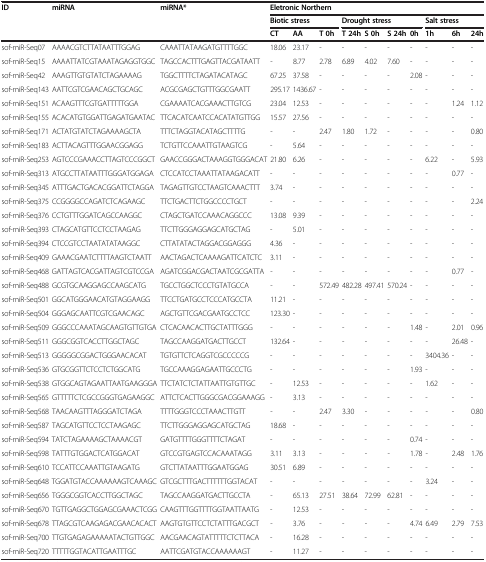
<table><thead><tr><td rowspan="3"><b>ID</b></td><td rowspan="3"><b>miRNA</b></td><td rowspan="3"><b>miRNA*</b></td><td colspan="10"><b>Eletronic Northern</b></td></tr><tr><td colspan="3"><b>Biotic stress</b></td><td colspan="4"><b>Drought stress</b></td><td colspan="3"><b>Salt stress</b></td></tr><tr><td><b>CT</b></td><td><b>AA</b></td><td><b>T 0h</b></td><td><b>T 24h</b></td><td><b>S 0h</b></td><td><b>S 24h</b></td><td><b>0h</b></td><td><b>1h</b></td><td><b>6h</b></td><td><b>24h</b></td></tr></thead><tbody><tr><td>sof-miR-Seq07</td><td>AAAACGTCTTATAATTTGGAG</td><td>CAAATTATAAGATGTTTTGGC</td><td>18.06</td><td>23.17</td><td>-</td><td>-</td><td>-</td><td>-</td><td>-</td><td>-</td><td>-</td><td>-</td></tr><tr><td>sof-miR-Seq15</td><td>AAAATTATCGTAAATAGAGGTGGC</td><td>TAGCCACTTTGAGTTACGATAATT</td><td>-</td><td>8.77</td><td>2.78</td><td>6.89</td><td>4.02</td><td>7.60</td><td>-</td><td>-</td><td>-</td><td>-</td></tr><tr><td>sof-miR-Seq42</td><td>AAAGTTGTGTATCTAGAAAAG</td><td>TGGCTTTTCTAGATACATAGC</td><td>67.25</td><td>37.58</td><td>-</td><td>-</td><td>-</td><td>-</td><td>2.08</td><td>-</td><td>-</td><td>-</td></tr><tr><td>sof-miR-Seq143</td><td>AATTCGTCGAACAGCTGCAGC</td><td>ACGCGAGCTGTTTGGCGAATT</td><td>295.17</td><td>1436.67</td><td>-</td><td>-</td><td>-</td><td>-</td><td>-</td><td>-</td><td>-</td><td>-</td></tr><tr><td>sof-miR-Seq151</td><td>ACAAGTTTCGTGATTTTTGGA</td><td>CGAAAATCACGAAACTTGTCG</td><td>23.04</td><td>12.53</td><td>-</td><td>-</td><td>-</td><td>-</td><td>-</td><td>-</td><td>1.24</td><td>1.12</td></tr><tr><td>sof-miR-Seq155</td><td>ACACATGTGGATTGAGATGAATAC</td><td>TTCACATCAATCCACATATGTTGG</td><td>15.57</td><td>27.56</td><td>-</td><td>-</td><td>-</td><td>-</td><td>-</td><td>-</td><td>-</td><td>-</td></tr><tr><td>sof-miR-Seq171</td><td>ACTATGTATCTAGAAAAGCTA</td><td>TTTCTAGGTACATAGCTTTTG</td><td>-</td><td>-</td><td>2.47</td><td>1.80</td><td>1.72</td><td>-</td><td>-</td><td>-</td><td>-</td><td>0.80</td></tr><tr><td>sof-miR-Seq183</td><td>ACTTACAGTTTGGAACGGAGG</td><td>TCTGTTCCAAATTGTAAGTCG</td><td>-</td><td>5.64</td><td>-</td><td>-</td><td>-</td><td>-</td><td>-</td><td>-</td><td>-</td><td>-</td></tr><tr><td>sof-miR-Seq253</td><td>AGTCCCGAAACCTTAGTCCCGGCT</td><td>GAACCGGGACTAAAGGTGGGACAT</td><td>21.80</td><td>6.26</td><td>-</td><td>-</td><td>-</td><td>-</td><td>-</td><td>6.22</td><td>-</td><td>5.93</td></tr><tr><td>sof-miR-Seq313</td><td>ATGCCTTATAATTTGGGATGGAGA</td><td>CTCCATCCTAAATTATAAGACATT</td><td>-</td><td>-</td><td>-</td><td>-</td><td>-</td><td>-</td><td>-</td><td>-</td><td>0.77</td><td>-</td></tr><tr><td>sof-miR-Seq345</td><td>ATTTGACTGACACGGATTCTAGGA</td><td>TAGAGTTGTCCTAAGTCAAACTTT</td><td>3.74</td><td>-</td><td>-</td><td>-</td><td>-</td><td>-</td><td>-</td><td>-</td><td>-</td><td>-</td></tr><tr><td>sof-miR-Seq375</td><td>CCGGGGCCAGATCTCAGAAGC</td><td>TTCTGACTTCTGGCCCCTGCT</td><td>-</td><td>-</td><td>-</td><td>-</td><td>-</td><td>-</td><td>-</td><td>-</td><td>-</td><td>2.24</td></tr><tr><td>sof-miR-Seq376</td><td>CCTGTTTGGATCAGCCAAGGC</td><td>CTAGCTGATCCAAACAGGCCC</td><td>13.08</td><td>9.39</td><td>-</td><td>-</td><td>-</td><td>-</td><td>-</td><td>-</td><td>-</td><td>-</td></tr><tr><td>sof-miR-Seq393</td><td>CTAGCATGTTCCTCCTAAGAG</td><td>TTCTTGGGAGGAGCATGCTAG</td><td>-</td><td>5.01</td><td>-</td><td>-</td><td>-</td><td>-</td><td>-</td><td>-</td><td>-</td><td>-</td></tr><tr><td>sof-miR-Seq394</td><td>CTCCGTCCTAATATATAAGGC</td><td>CTTATATACTAGGACGGAGGG</td><td>4.36</td><td>-</td><td>-</td><td>-</td><td>-</td><td>-</td><td>-</td><td>-</td><td>-</td><td>-</td></tr><tr><td>sof-miR-Seq409</td><td>GAAACGAATCTTTTAAGTCTAATT</td><td>AACTAGACTCAAAAGATTCATCTC</td><td>3.11</td><td>-</td><td>-</td><td>-</td><td>-</td><td>-</td><td>-</td><td>-</td><td>-</td><td>-</td></tr><tr><td>sof-miR-Seq468</td><td>GATTAGTCACGATTAGTCGTCCGA</td><td>AGATCGGACGACTAATCGCGATTA</td><td>-</td><td>-</td><td>-</td><td>-</td><td>-</td><td>-</td><td>-</td><td>-</td><td>0.77</td><td>-</td></tr><tr><td>sof-miR-Seq488</td><td>GCGTGCAAGGAGCCAAGCATG</td><td>TGCCTGGCTCCCTGTATGCCA</td><td>-</td><td>-</td><td>572.49</td><td>482.28</td><td>497.41</td><td>570.24</td><td>-</td><td>-</td><td>-</td><td>-</td></tr><tr><td>sof-miR-Seq501</td><td>GGCATGGGAACATGTAGGAAGG</td><td>TTCCTGATGCCTCCCATGCCTA</td><td>11.21</td><td>-</td><td>-</td><td>-</td><td>-</td><td>-</td><td>-</td><td>-</td><td>-</td><td>-</td></tr><tr><td>sof-miR-Seq504</td><td>GGGAGCAATTCGTCGAACAGC</td><td>AGCTGTTCGACGAATGCCTCC</td><td>123.30</td><td>-</td><td>-</td><td>-</td><td>-</td><td>-</td><td>-</td><td>-</td><td>-</td><td>-</td></tr><tr><td>sof-miR-Seq509</td><td>GGGCCCAAATAGCAAGTGTTGTGA</td><td>CTCACAACACTTGCTATTTGGG</td><td>-</td><td>-</td><td>-</td><td>-</td><td>-</td><td>-</td><td>1.48</td><td>-</td><td>2.01</td><td>0.96</td></tr><tr><td>sof-miR-Seq511</td><td>GGGCGGTCACCTTGGCTAGC</td><td>TAGCCAAGGATGACTTGCCT</td><td>132.64</td><td>-</td><td>-</td><td>-</td><td>-</td><td>-</td><td>-</td><td>-</td><td>26.48</td><td>-</td></tr><tr><td>sof-miR-Seq513</td><td>GGGGGCGGACTGGGAACACAT</td><td>TGTGTTCTCAGGTCGCCCCCG</td><td>-</td><td>-</td><td>-</td><td>-</td><td>-</td><td>-</td><td>-</td><td>3404.36</td><td>-</td><td>-</td></tr><tr><td>sof-miR-Seq536</td><td>GTGCGGTTCTCCTCTGGCATG</td><td>TGCCAAAGGAGAATTGCCCTG</td><td>-</td><td>-</td><td>-</td><td>-</td><td>-</td><td>-</td><td>1.93</td><td>-</td><td>-</td><td>-</td></tr><tr><td>sof-miR-Seq538</td><td>GTGGCAGTAGAATTAATGAAGGGA</td><td>TTCTATCTCTATTAATTGTGTTGC</td><td>-</td><td>12.53</td><td>-</td><td>-</td><td>-</td><td>-</td><td>-</td><td>1.62</td><td>-</td><td>-</td></tr><tr><td>sof-miR-Seq565</td><td>GTTTTTCTCGCCGGGTGAGAAGGC</td><td>ATTCTCACTTGGGCGACGGAAAGG</td><td>-</td><td>3.13</td><td>-</td><td>-</td><td>-</td><td>-</td><td>-</td><td>-</td><td>-</td><td>-</td></tr><tr><td>sof-miR-Seq568</td><td>TAACAAGTTTAGGGATCTAGA</td><td>TTTTGGGTCCCTAAACTTGTT</td><td>-</td><td>-</td><td>2.47</td><td>3.30</td><td>-</td><td>-</td><td>-</td><td>-</td><td>-</td><td>0.80</td></tr><tr><td>sof-miR-Seq587</td><td>TAGCATGTTCCTCCTAAGAGC</td><td>TTCTTGGGAGGAGCATGCTAG</td><td>18.68</td><td>-</td><td>-</td><td>-</td><td>-</td><td>-</td><td>-</td><td>-</td><td>-</td><td>-</td></tr><tr><td>sof-miR-Seq594</td><td>TATCTAGAAAAGCTAAAACGT</td><td>GATGTTTTGGGTTTTCTAGAT</td><td>-</td><td>-</td><td>-</td><td>-</td><td>-</td><td>-</td><td>0.74</td><td>-</td><td>-</td><td>-</td></tr><tr><td>sof-miR-Seq598</td><td>TATTTGTGGACTCATGGACAT</td><td>GTCCGTGAGTCCACAAATAGG</td><td>3.11</td><td>3.13</td><td>-</td><td>-</td><td>-</td><td>-</td><td>1.78</td><td>-</td><td>2.48</td><td>1.76</td></tr><tr><td>sof-miR-Seq610</td><td>TCCATTCCAAATTGTAAGATG</td><td>GTCTTATAATTTGGAATGGAG</td><td>30.51</td><td>6.89</td><td>-</td><td>-</td><td>-</td><td>-</td><td>-</td><td>-</td><td>-</td><td>-</td></tr><tr><td>sof-miR-Seq648</td><td>TGGATGTACCAAAAAAGTCAAAGC</td><td>GTCGCTTTGACTTTTTTGGTACAT</td><td>-</td><td>-</td><td>-</td><td>-</td><td>-</td><td>-</td><td>-</td><td>3.24</td><td>-</td><td>-</td></tr><tr><td>sof-miR-Seq656</td><td>TGGGCGGTCACCTTGGCTAGC</td><td>TAGCCAAGGATGACTTGCCTA</td><td>-</td><td>65.13</td><td>27.51</td><td>38.64</td><td>72.99</td><td>62.81</td><td>-</td><td>-</td><td>-</td><td>-</td></tr><tr><td>sof-miR-Seq670</td><td>TGTTGAGGCTGGAGCGAAACTCGG</td><td>CAAGTTTGGTTTTGGTAATTAATG</td><td>-</td><td>12.53</td><td>-</td><td>-</td><td>-</td><td>-</td><td>-</td><td>-</td><td>-</td><td>-</td></tr><tr><td>sof-miR-Seq678</td><td>TTAGCGTCAAGAGACGAACACACT</td><td>AAGTGTGTTCCTCTATTTGACGCT</td><td>-</td><td>3.76</td><td>-</td><td>-</td><td>-</td><td>-</td><td>4.74</td><td>6.49</td><td>2.79</td><td>7.53</td></tr><tr><td>sof-miR-Seq700</td><td>TTGTGAGAGAAAAATACTGTTGGC</td><td>AACGAACAGTATTTTTCTCTTACA</td><td>-</td><td>16.28</td><td>-</td><td>-</td><td>-</td><td>-</td><td>-</td><td>-</td><td>-</td><td>-</td></tr><tr><td>sof-miR-Seq720</td><td>TTTTTGGTACATTGAATTTGC</td><td>AATTCGATGTACCAAAAAAGT</td><td>-</td><td>11.27</td><td>-</td><td>-</td><td>-</td><td>-</td><td>-</td><td>-</td><td>-</td><td>-</td></tr></tbody></table>